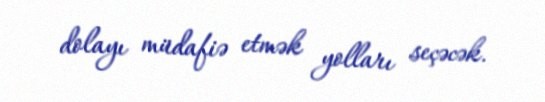
dolayı müdafiə etmək yolları seçəcək.